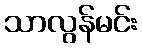
သာလွန်မင်း